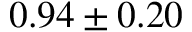
0 . 9 4 \pm 0 . 2 0